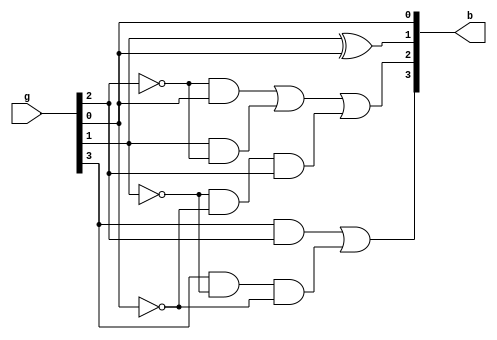
module q(g,b);
input [3:0]g;
output [3:0]b;
assign b[0] = g[0];
assign b[1] = g[1]^g[0];
assign b[2] = (~g[2]&g[0])|(g[1]&~g[2])|(~g[1]&~g[0]&g[2]);
assign b[3] = (g[3]&g[2])|(g[3]&~g[1]&~g[0]);
endmodule